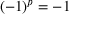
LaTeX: ( - 1 ) ^ { p } = - 1